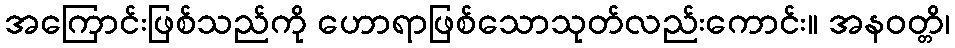
အကြောင်းဖြစ်သည်ကို ဟောရာဖြစ်သောသုတ်လည်းကောင်း။ အနဝတ္တိ၊